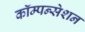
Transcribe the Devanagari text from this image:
कॉम्पन्सेशन